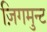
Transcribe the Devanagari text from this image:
ज़िगमुन्ट